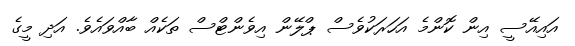
އައިއޭސީ އިން ކޮންމެ އަހަރަކުވެސް ޕްލޭން އިވެންޓްސް ތަކެއް ބާއްވައެވެ. އަދި މީގެ